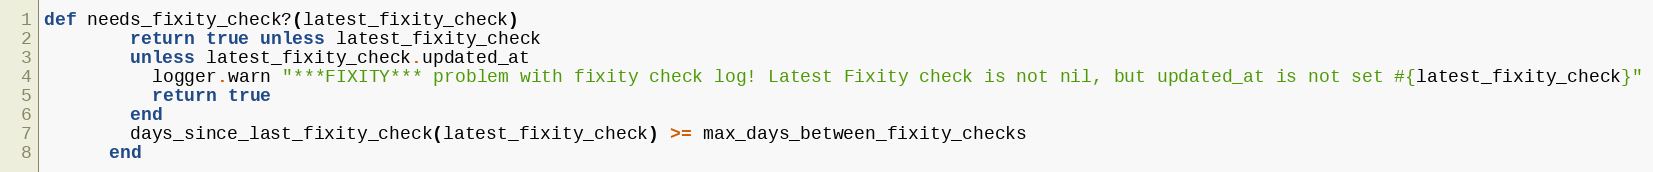
Language: Ruby
def needs_fixity_check?(latest_fixity_check)
        return true unless latest_fixity_check
        unless latest_fixity_check.updated_at
          logger.warn "***FIXITY*** problem with fixity check log! Latest Fixity check is not nil, but updated_at is not set #{latest_fixity_check}"
          return true
        end
        days_since_last_fixity_check(latest_fixity_check) >= max_days_between_fixity_checks
      end